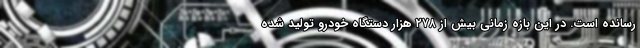
رسانده است. در این بازه زمانی بیش از ۲۷۸ هزار دستگاه خودرو تولید شده